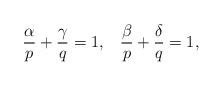
LaTeX: \begin{align*} \frac{\alpha}{p}+\frac{\gamma}{q}=1, \;\;\; \frac{\beta}{p}+\frac{\delta}{q}=1, \end{align*}